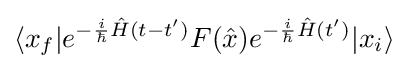
\langle x_{f}|e^{-{\frac {i}{\hbar }}{\hat {H}}(t-t')}F({\hat {x}})e^{-{\frac {i}{\hbar }}{\hat {H}}(t')}|x_{i}\rangle